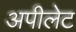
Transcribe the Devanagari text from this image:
अपीलेट